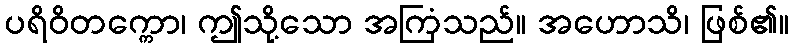
ပရိဝိတက္ကော၊ ဤသို့သော အကြံသည်။ အဟောသိ၊ ဖြစ်၏။